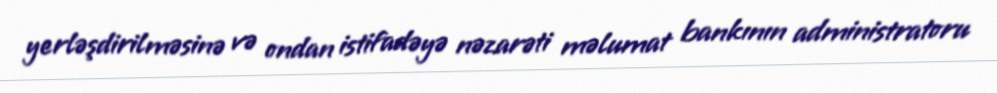
yerləşdirilməsinə və ondan istifadəyə nəzarəti məlumat bankının administratoru